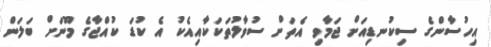
އިހުސާންގެ ސިކުނޑިއަށް ޖަމާވި އެތަށް ސުވާލުތަކަކާއިއެކު އެ ކުޑަ ކުއްޖާގެ މޫނަށް ބަލަން